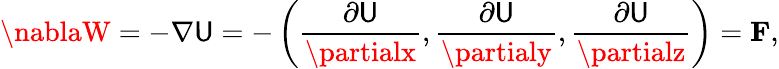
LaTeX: \nablaW=-\nabla\mathsf{U}=-\left({\frac{{\partial\mathsf{U}}}{{\partialx}}},{\frac{{\partial\mathsf{U}}}{{\partialy}}},{\frac{{\partial\mathsf{U}}}{{\partialz}}}\right)=\mathbf{{F}},